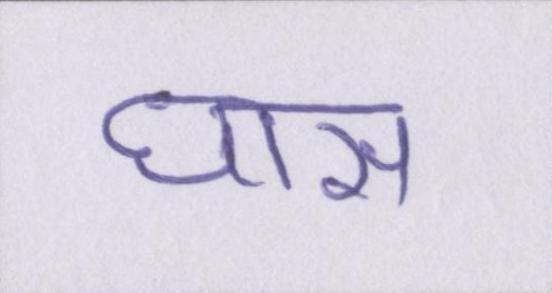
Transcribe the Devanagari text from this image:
घास